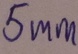
Text: 5mm